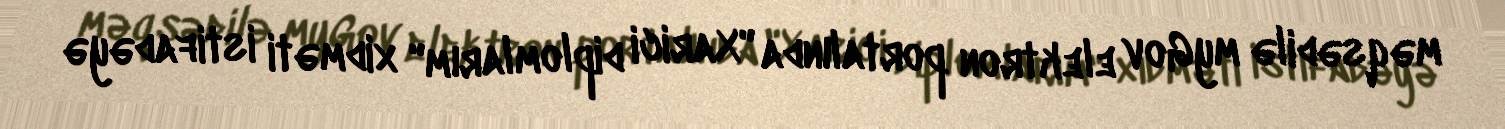
məqsədilə myGov elektron portalında "Xarici diplomlarım" xidməti istifadəyə